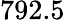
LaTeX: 792.5